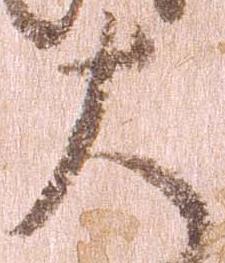
大